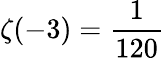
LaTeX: \zeta(-3)={\frac{1}{120}}